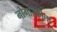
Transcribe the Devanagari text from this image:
नोगास्कीला